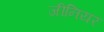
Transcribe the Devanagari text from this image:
जीनियर